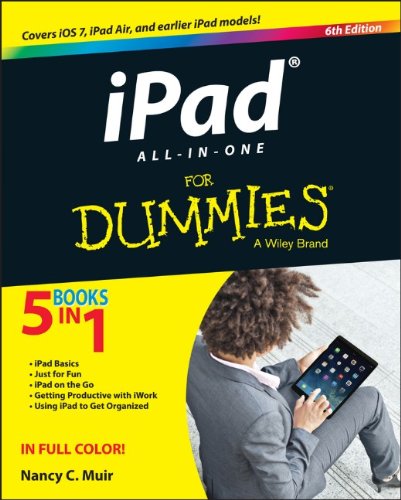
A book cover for iPad All-in-One For Dummies; Nancy C. Muir; Computers & Technology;